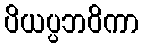
ပိယပ္ပဘဝိကာ